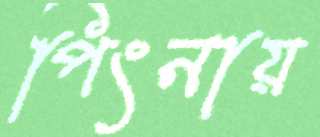
পিংনায়